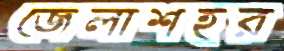
জেলাশহর